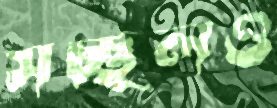
সচ্ছলও